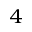
_ 4